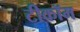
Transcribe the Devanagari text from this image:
टीकॉम